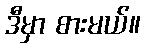
ဒီမှာ စားမယ်။